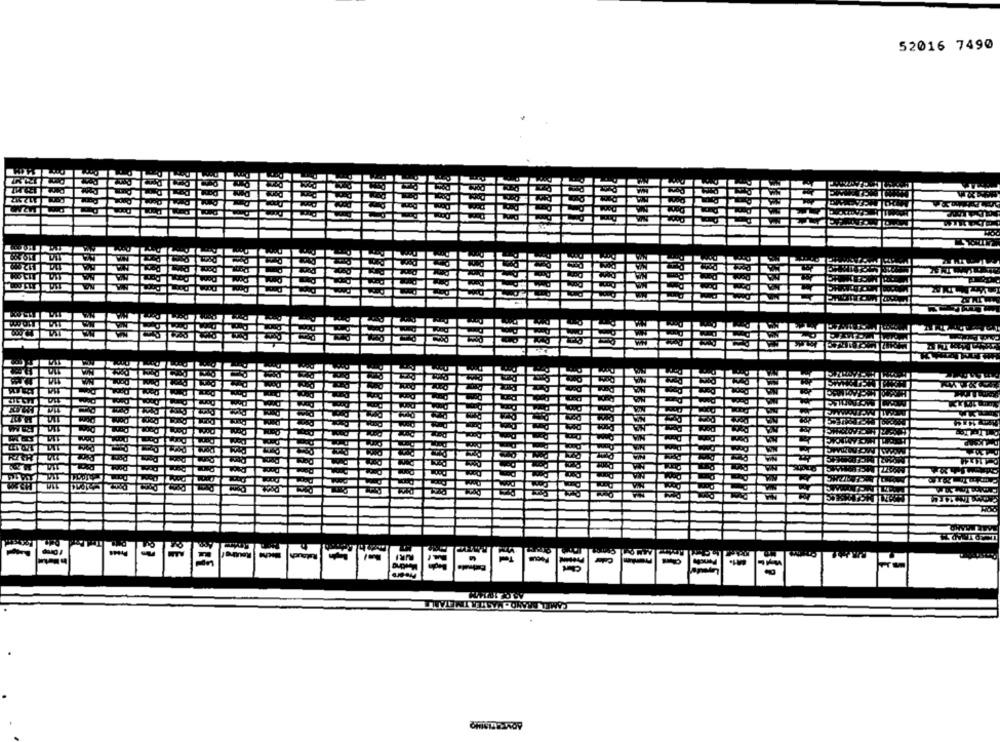
52016 7490